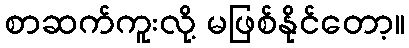
စာဆက်ကူးလို့ မဖြစ်နိုင်တော့။